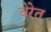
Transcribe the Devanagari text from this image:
वेरेत